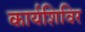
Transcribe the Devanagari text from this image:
कार्यशिविर